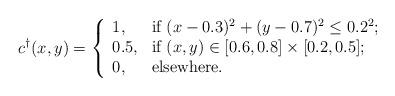
LaTeX: \begin{align*}c^{\dag}(x,y) = \left\{ \begin{array}{ll} 1, & \hbox{if $(x-0.3)^2+(y-0.7)^2\leq 0.2^2$;} \\ 0.5, & \hbox{if $(x,y)\in [0.6,0.8]\times [0.2,0.5]$;} \\ 0, & \hbox{elsewhere.} \end{array}\right.\end{align*}